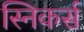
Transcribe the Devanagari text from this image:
स्निकर्स